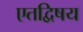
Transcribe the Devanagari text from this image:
एतद्विषय